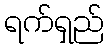
ရက်ရှည်